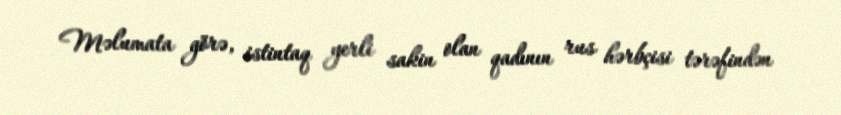
Məlumata görə, istintaq yerli sakin olan qadının rus hərbçisi tərəfindən